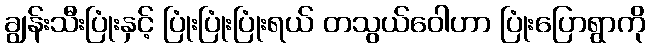
ချွန်းသီးပြုံးနှင့် ပြုံးပြုံးပြုံးရယ် တသွယ်ဝေါဟာ ပြုံးပြောရွာကို